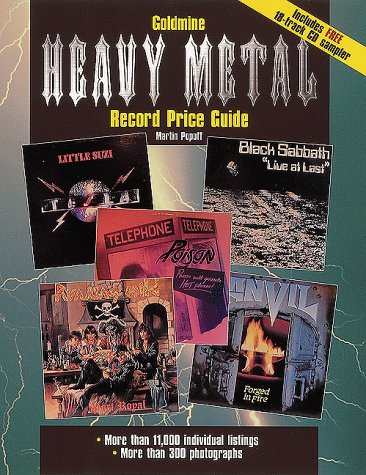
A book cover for Goldmine Heavy Metal Record Price Guide; Martin Popoff; Crafts, Hobbies & Home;